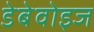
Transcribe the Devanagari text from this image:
डेबेवोइज